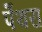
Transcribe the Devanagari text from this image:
पेंथरा